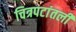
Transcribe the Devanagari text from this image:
चित्रपटांतली